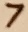
Text: 7